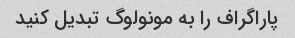
پاراگراف را به مونولوگ تبدیل کنید